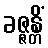
ခဇ္ဇန္တိံ